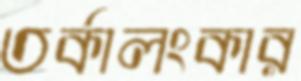
তর্কালংকার